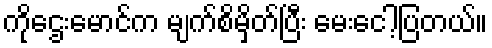
ကိုဌေးမောင်က မျက်စိမှိတ်ပြီး မေးငေါ့ပြတယ်။